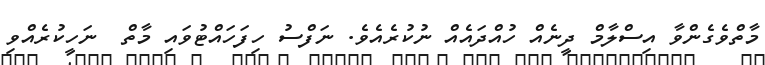
މާތްވެގެންވާ އިސްލާމް ދީނެއް ހުއްދައެއް ނުކުރެއެވެ. ނަފްސު ހިފަހައްޓުވައި މާތް  ނަހީކުރެއްވި